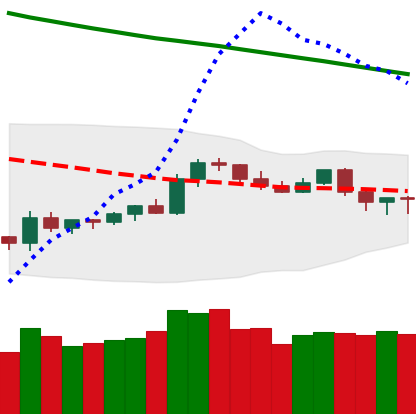
Ticker: TRX-USD
Chart end date: 2019-10-18
Forward return: -7.122%
Label: down_7plus